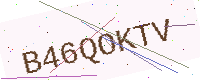
Text: B46QOKTV